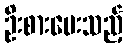
ဦးစားပေးသည့်